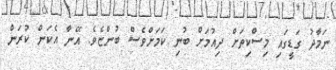
ނަމާދު ގަޑީގައި މިސްކިތަށް ދިއުމަށް ބުނި ކަމަށްވެސް ބުންޏެވެ. އޭނާ އެކަން ކުރަން